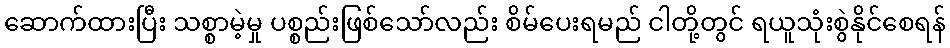
ဆောက်ထားပြီး သစ္စာမဲ့မှု ပစ္စည်းဖြစ်သော်လည်း စိမ်ပေးရမည် ငါတို့တွင် ရယူသုံးစွဲနိုင်စေရန်